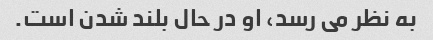
به نظر می رسد، او در حال بلند شدن است.